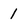
Character: 1